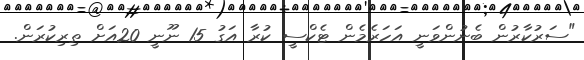
"ސަރުކާރުން ބެނުންވަނީ އަހަރެމެން ޓެކްސީ ކުރާ އަގު 15 ނޫނީ 20އަށް ތިރިކުރަން.